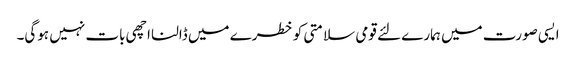
ایسی صورت میں ہمارے لئے قومی سلامتی کو خطرے میں ڈالنا اچھی بات نہیں ہوگی۔